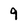
Character: 9